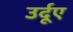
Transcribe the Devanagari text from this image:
उर्दूए